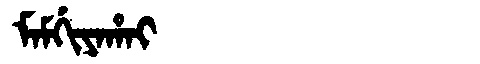
Manchu: ᠮᠠᠮᡤᡳᠶᠠᡥᠠᡳ
Romanization: MAMGIYAHAI